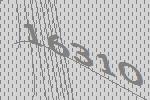
16310